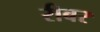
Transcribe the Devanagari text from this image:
रीबर